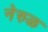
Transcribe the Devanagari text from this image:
नेरुळ